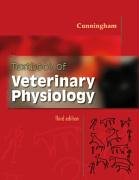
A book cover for Textbook of Veterinary Physiology, 3e; James G. Cunningham DVM  PhD; Medical Books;